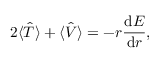
2 \langle \hat { T } \rangle + \langle \hat { V } \rangle = - r \frac { \mathrm { d } E } { \mathrm { d } r } ,